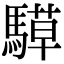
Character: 騲